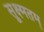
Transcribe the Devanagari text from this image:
सूक्ष्मतम्